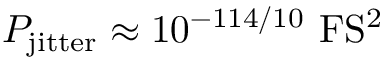
P _ { \mathrm { j i t t e r } } \approx 1 0 ^ { - 1 1 4 / 1 0 } ~ \mathrm { F S ^ { 2 } }